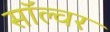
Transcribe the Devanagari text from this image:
सॉल्वर